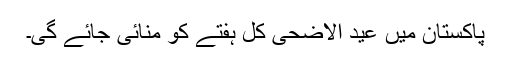
پاکستان ميں عيد الاضحٰی کل ہفتے کو منائی جائے گی۔